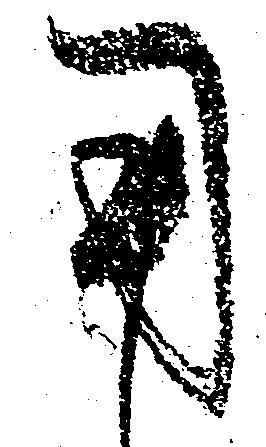
用